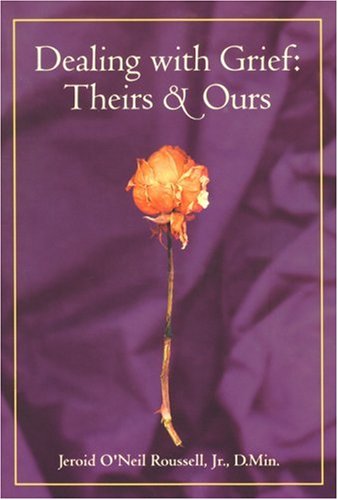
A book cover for Dealing With Grief, Theirs and Ours; Jeroid O'Neil Roussell; Politics & Social Sciences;